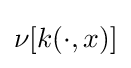
\nu [k(\cdot ,x)]